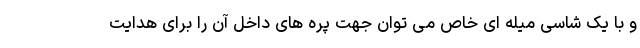
و با یک شاسی میله ای خاص می توان جهت پره های داخل آن را برای هدایت